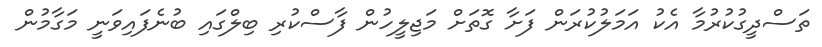
ތަސްދީގުކުރުމާ އެކު އަމަލުކުރަން ފަށާ ގޮތަށް މަޖިލީހުން ފާސްކުރި ބިލްގައި ބުނެފައިވަނީ މަގާމުން